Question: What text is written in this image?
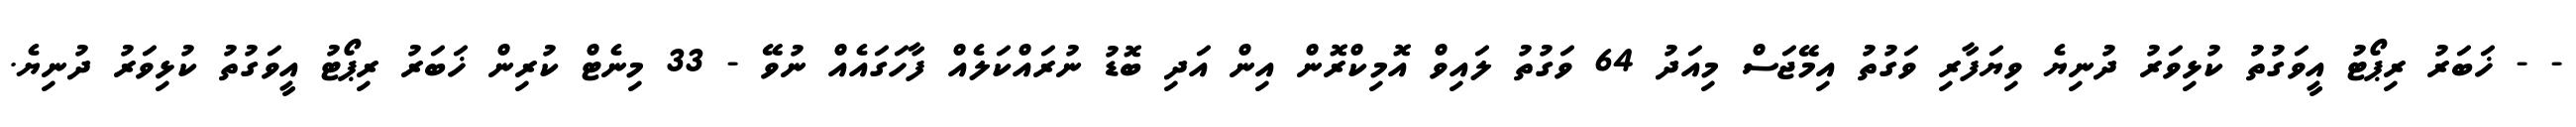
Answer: - - ޚަބަރު ރިޕޯޓު އީވަގުތު ކުޅިވަރު ދުނިޔެ ވިޔަފާރި ވަގުތު އިމޭޖަސް މިއަދު 64 ވަގުތު ލައިވް އޮމިކްރޮން އިން އަދި ބޮޑު ނުރައްކަލެއް ފާހަގައެއް ނުވޭ - 33 މިނެޓް ކުރިން ޚަބަރު ރިޕޯޓު އީވަގުތު ކުޅިވަރު ދުނިޔެ.